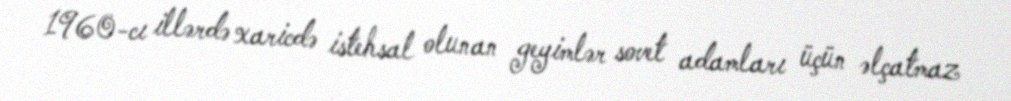
1960-cı illərdə xaricdə istehsal olunan geyimlər sovet adamları üçün əlçatmaz